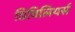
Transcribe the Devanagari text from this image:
डिविलियर्स